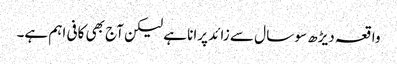
واقعہ دیڑھ سو سا ل سے زائد پرانا ہے لیکن آج بھی کافی اہم ہے۔